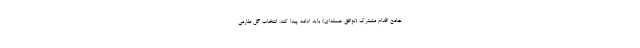
جامع اقدام مشترک (توافق هسته‌ای) باید ادامه پیدا کند. انتخاب گل طارمی